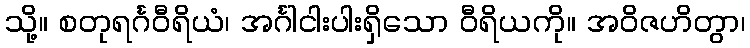
သို့။ စတုရင်္ဂဝီရိယံ၊ အင်္ဂါငါးပါးရှိသော ဝီရိယကို။ အဝိဇဟိတွာ၊